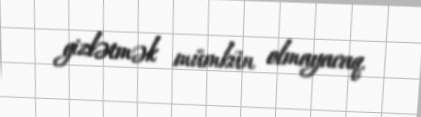
gizlətmək mümkün olmayacaq.